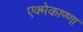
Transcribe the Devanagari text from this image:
एक्मेकाण्णा